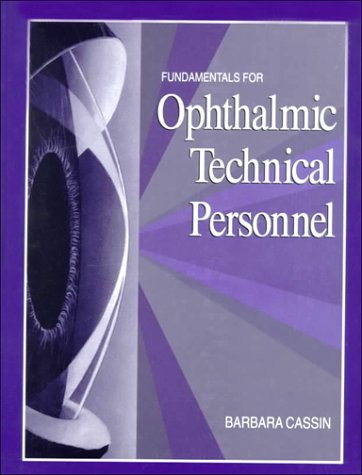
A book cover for Fundamentals for Ophthalmic Technical Personnel, 1e; Barbara Cassin MEd  CO  COMT; Medical Books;